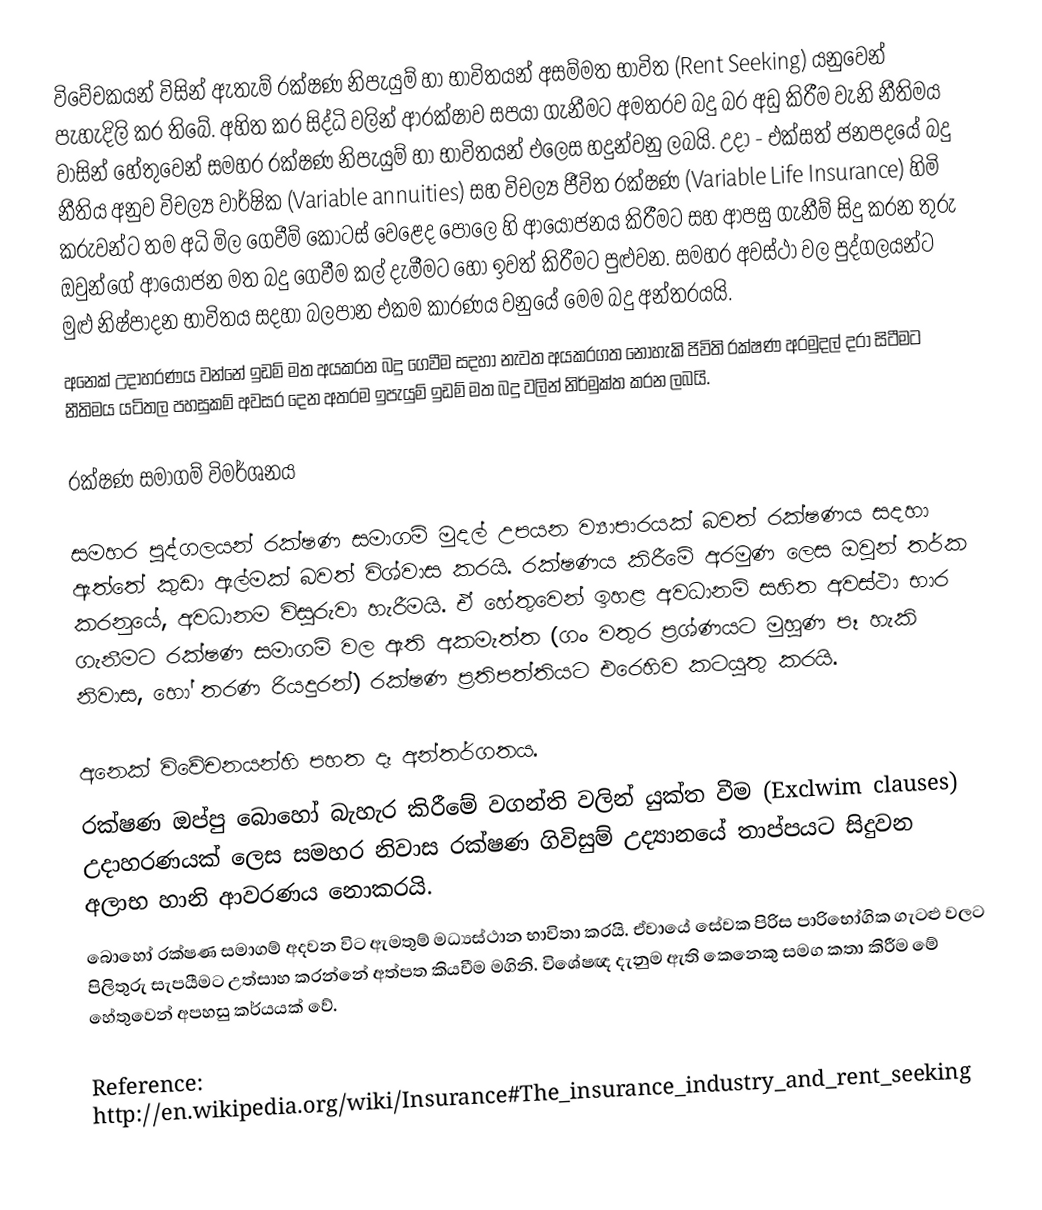
විවේචකයන් විසින් ඇතැම් රක්ෂණ නිපැයුම් හා භාවිතයන් අසම්මත භාවිත (Rent Seeking) යනුවෙන් පැහැදිලි කර තිබේ. අහිත කර සිද්ධි වලින් ආරක්ෂාව සපයා ගැනීමට අමතරව බදු බර අඩු කිරීම වැනි නීතිමය වාසින් හේතුවෙන් සමහර රක්ෂණ නිපැයුම් හා භාවිතයන් එලෙස හදුන්වනු ලබයි. උදා - එක්සත් ජනපදයේ බදු නීතිය අනුව විචල්‍ය වාර්ෂික (Variable annuities) සහ විචල්‍ය ජීවිත රක්ෂණ (Variable Life Insurance) හිමි කරුවන්ට තම අධි මිල ගෙවීම් කොටස් වෙළෙද පොලෙ හි ආයෝජනය කිරීමට සහ ආපසු ගැනීම් සිදු කරන තුරු ඔවුන්ගේ ආයෝජන මත  බදු ගෙවීම කල් දැමීමට හෝ ඉවත් කිරීමට පුළුවන. සමහර අවස්ථා වල පුද්ගලයන්ට මුළු නිෂ්පාදන භාවිතය සදහා බලපාන එකම කාරණය වනුයේ මෙම බදු අන්තරයයි.
අනෙක් උදාහරණය වන්නේ ඉඩම් මත අයකරන බදු ගෙවීම සදහා නැවත අයකරගත නොහැකි ජිවිති රක්ෂණ අරමුදල් දරා සිටීමට නීතිමය යටිතල පහසුකම් අවසර දෙන අතරම ඉපැයුම් ඉඩම් මත බදු වලින් නිර්මුක්ත කරන ලබයි.

රක්ෂණ සමාගම් විමර්ශනය

සමහර පුද්ගලයන් රක්ෂණ සමාගම් මුදල් උපයන ව්‍යාපාරයක් බවත් රක්ෂණය සදහා ඇත්තේ කුඩා ඇල්මක් බවත් විශ්වාස කරයි. රක්ෂණය කිරීමේ අරමුණ ලෙස ඔවුන් තර්ක කරනුයේ, අවධානම විසුරුවා හැරීමයි. ඒ හේතුවෙන් ඉහළ අවධානම් සහිත අවස්ථා භාර ගැනීමට රක්ෂණ සමාගම් වල ඇති අකමැත්ත (ගං වතුර ප්‍රශ්ණයට මුහුණ පෑ හැකි නිවාස, හෝ තරණ රියදුරන්) රක්ෂණ ප්‍රතිපත්තියට එරෙහිව කටයුතු කරයි.

අනෙක් විවේචනයන්හි පහත දෑ අන්තර්ගතය.
රක්ෂණ ඔප්පු බොහෝ බැහැර කිරීමේ වගන්ති වලින් යුක්ත වීම (Exclwim clauses) උදාහරණයක් ලෙස සමහර නිවාස රක්ෂණ ගිවිසුම් උද්‍යානයේ තාප්පයට සිදුවන අලාභ හානි ආවරණය නොකරයි.
බොහෝ රක්ෂණ සමාගම් අදවන විට ඇමතුම් මධ්‍යස්ථාන භාවිතා කරයි. ඒවායේ සේවක පිරිස පාරිභෝගික ගැටළු වලට පිලිතුරු සැපයීමට උත්සාහ කරන්නේ අත්පත කියවීම මගිනි. විශේෂඥ දැනුම ඇති කෙනෙකු සමග කතා කිරීම මේ හේතුවෙන් අපහසු කර්යයක් වේ.

Reference: http://en.wikipedia.org/wiki/Insurance#The_insurance_industry_and_rent_seeking